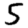
Digit: 5